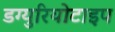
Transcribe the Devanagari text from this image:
डग्युरियोटाइप